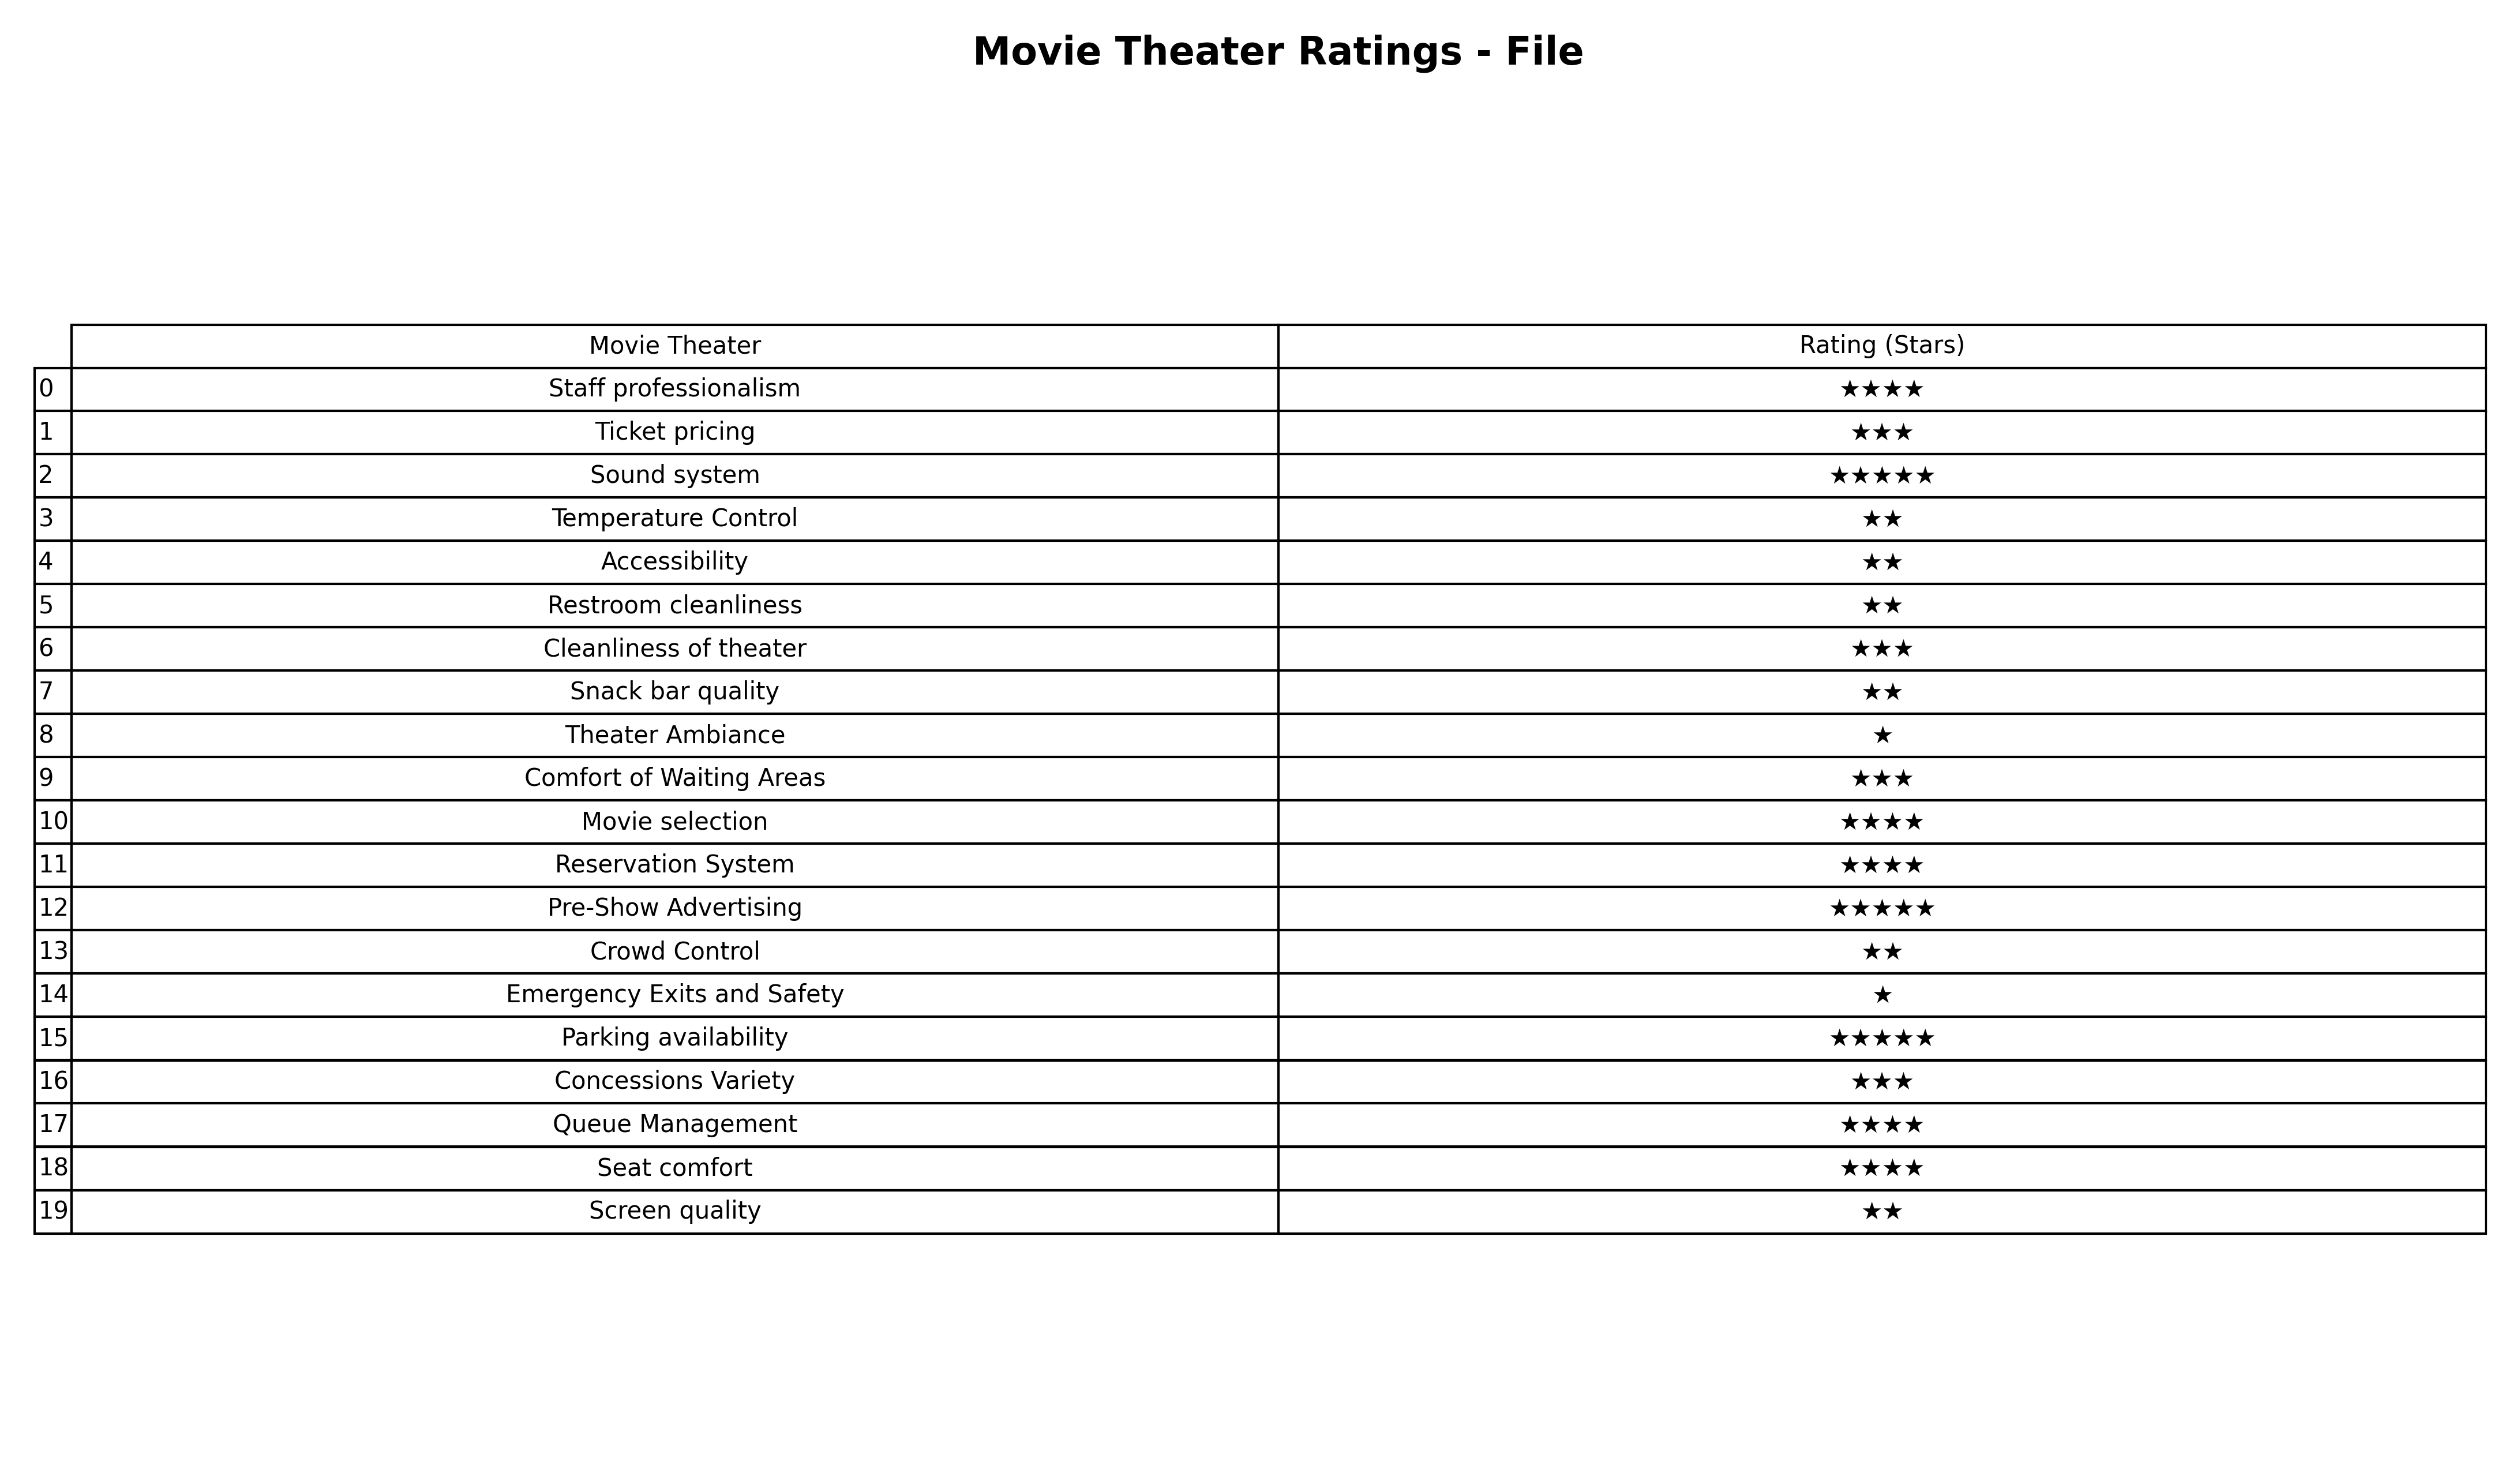
question: What are three star services?
answer: Ticket pricingCleanliness of theaterComfort of Waiting AreasConcessions Variety